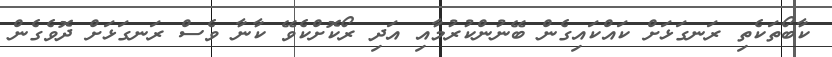
ކާބޯތަކެތި ރަނގަޅަށް ކައްކައިގެން ބޭނުންކުރުމާއި އަދި ރޯކޮށްކެވޭ ކާނާ ވެސް ރަނގަޅަށް ދޮވެގެން